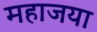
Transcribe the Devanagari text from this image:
महाजया